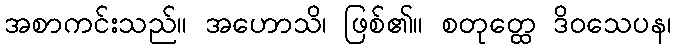
အစာကင်းသည်။ အဟောသိ၊ ဖြစ်၏။ စတုတ္ထေ ဒိဝသေပန၊